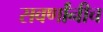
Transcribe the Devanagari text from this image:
सवर्णांनीच